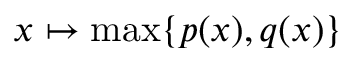
x \mapsto \operatorname* { m a x } \{ p ( x ) , q ( x ) \}